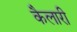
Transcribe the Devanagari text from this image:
कैलारी